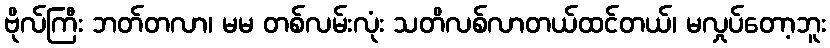
ဗိုလ်ကြီး ဘတ်တလာ၊ မမ တစ်လမ်းလုံး သတိလစ်လာတယ်ထင်တယ်၊ မလှုပ်တော့ဘူး